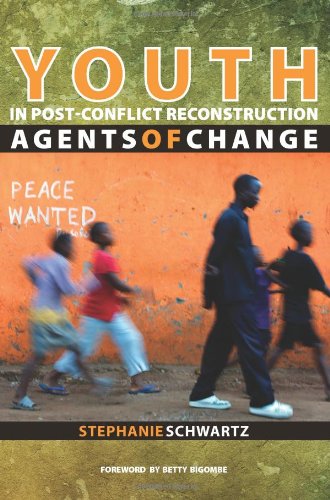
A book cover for Youth and Post-Conflict Reconstruction: Agents of Change; Stephanie Schwartz; Law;